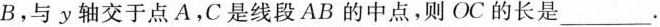
B，与y轴交于点AC是线段AB的中点，则OC的长是___.